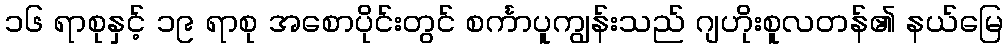
၁၆ ရာစုနှင့် ၁၉ ရာစု အစောပိုင်းတွင် စင်္ကာပူကျွန်းသည် ဂျဟိုးစူလတန်၏ နယ်မြေ